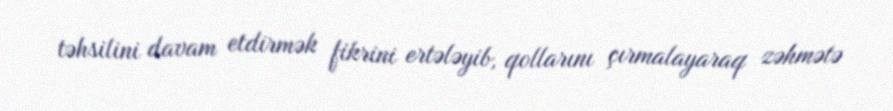
təhsilini davam etdirmək fikrini ertələyib, qollarını çırmalayaraq zəhmətə